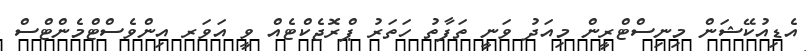
އެޑިއުކޭޝަން މިނިސްޓްރީން މިއަދު ވަނީ ތަފާތު ހަތަރު ޕްރޮޖެކްޓެއް ވީ އަވަރ އިންވެސްޓްމެންޓްސް